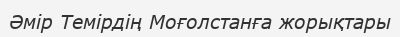
Әмір Темірдің Моғолстанға жорықтары